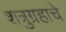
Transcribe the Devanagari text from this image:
शत्रुग्रहाचे